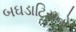
બઘડાટિસનો